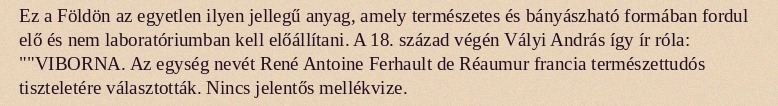
Ez a Földön az egyetlen ilyen jellegű anyag, amely természetes és bányászható formában fordul elő és nem laboratóriumban kell előállítani. A 18. század végén Vályi András így ír róla: ""VIBORNA. Az egység nevét René Antoine Ferhault de Réaumur francia természettudós tiszteletére választották. Nincs jelentős mellékvize.